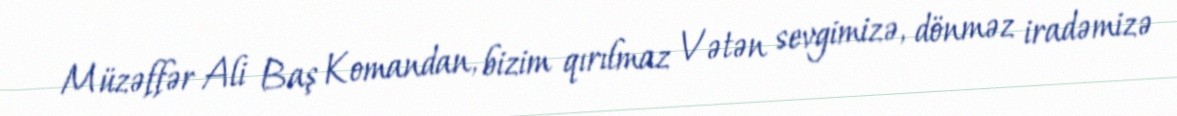
Müzəffər Ali Baş Komandan, bizim qırılmaz Vətən sevgimizə, dönməz iradəmizə